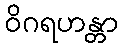
ဝိဂရဟန္တာ